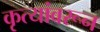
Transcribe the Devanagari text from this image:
कृत्यांवरून